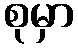
စုမှာ